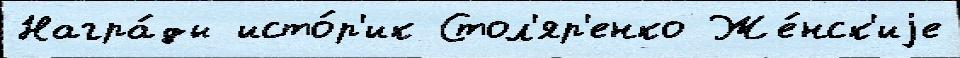
Награ́ды исто́р'ик Стол'яр'енко Же́нск'иjе